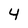
Character: 4